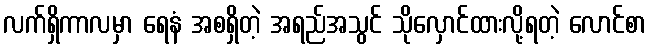
လက်ရှိကာလမှာ ရေနံ အစရှိတဲ့ အရည်အသွင် သိုလှောင်ထားလို့ရတဲ့ လောင်စာ